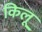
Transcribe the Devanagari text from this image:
किलू